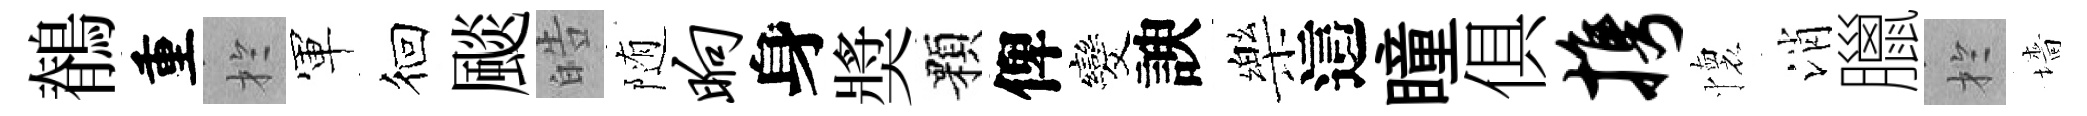
鶺重扵軍徊颷皓随晌身奬顆俾发諛樂這瞳俱携懷消臘扵墻